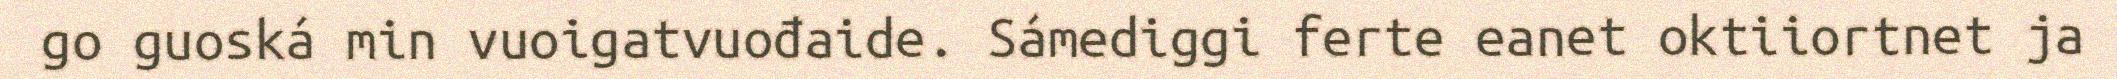
go guoská min vuoigatvuođaide. Sámediggi ferte eanet oktiiortnet ja